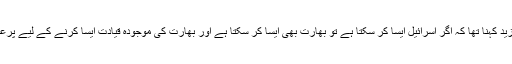
ان کا مزید کہنا تھا کہ اگر اسرائیل ایسا کر سکتا ہے تو بھارت بھی ایسا کر سکتا ہے اور بھارت کی موجودہ قیادت ایسا کرنے کے لیے پرعزم ہے۔